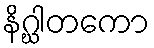
နိဂ္ဃါတကော